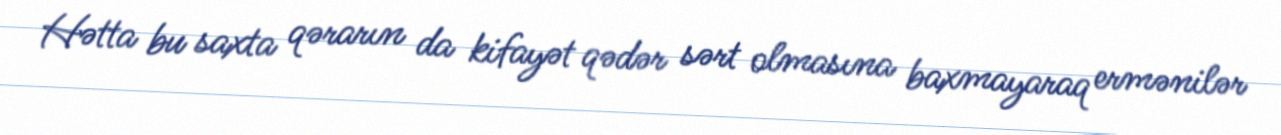
Hətta bu saxta qərarın da kifayət qədər sərt olmasına baxmayaraq ermənilər